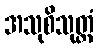
အသုစိသုတ္တံ